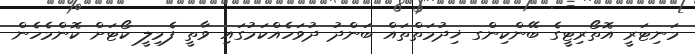
މަނިޓަރީ އޮތޯރިޓީގެ ބޭންކިންގ ޚިދުމަތްތައް ބަންދު ދުވަހެއްކަމުގައި ވާތީ ފެމިލީ ކޯޓަށް ކޮންމެހެން